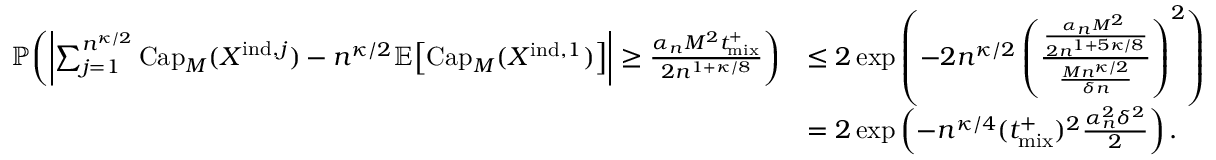
\begin{array} { r l } { \mathbb { P } \! \left( \left| \sum _ { j = 1 } ^ { n ^ { \kappa / 2 } } \mathrm { C a p } _ { M } ( X ^ { \mathrm { i n d } , j } ) - n ^ { \kappa / 2 } \mathbb { E } \! \left[ \mathrm { C a p } _ { M } ( X ^ { \mathrm { i n d } , 1 } ) \right] \right| \geq \frac { \alpha _ { n } M ^ { 2 } { t _ { \mathrm { m i x } } ^ { + } } } { 2 n ^ { 1 + \kappa / 8 } } \right) } & { \leq 2 \exp \left( - 2 n ^ { \kappa / 2 } \left( \frac { \frac { \alpha _ { n } M ^ { 2 } \tplus } { 2 n ^ { 1 + 5 \kappa / 8 } } } { \frac { M n ^ { \kappa / 2 } } { \delta n } } \right) ^ { 2 } \right) } \\ & { = 2 \exp \left( - n ^ { \kappa / 4 } ( { t _ { \mathrm { m i x } } ^ { + } } ) ^ { 2 } \frac { \alpha _ { n } ^ { 2 } \delta ^ { 2 } } { 2 } \right) . } \end{array}